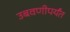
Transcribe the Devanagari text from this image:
उबवणीपर्यंत